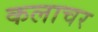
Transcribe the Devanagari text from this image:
कलाचर